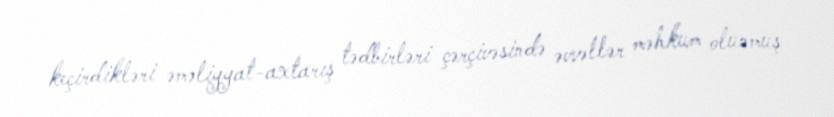
keçirdikləri əməliyyat-axtarış tədbirləri çərçivəsində əvvəllər məhkum olunmuş